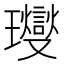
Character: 𤫉